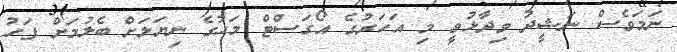
ނަމަވެސް ނަޝީދު ވިދާޅުވީ މި އަހަރުގެ އޯގަސްޓް މަހުގެ ނިޔަލަށް ބެލުމަށް ފަހު